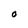
Character: O